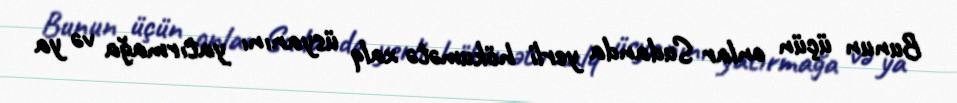
Bunun üçün onlar Sudanda yerli hökumətə xalq üsyanını yatırmağa və ya